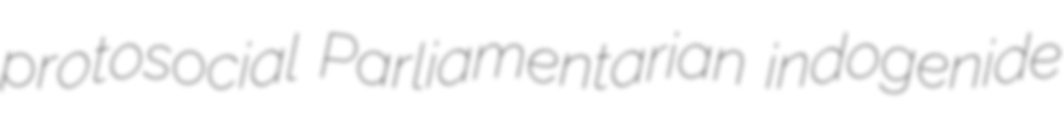
protosocial Parliamentarian indogenide